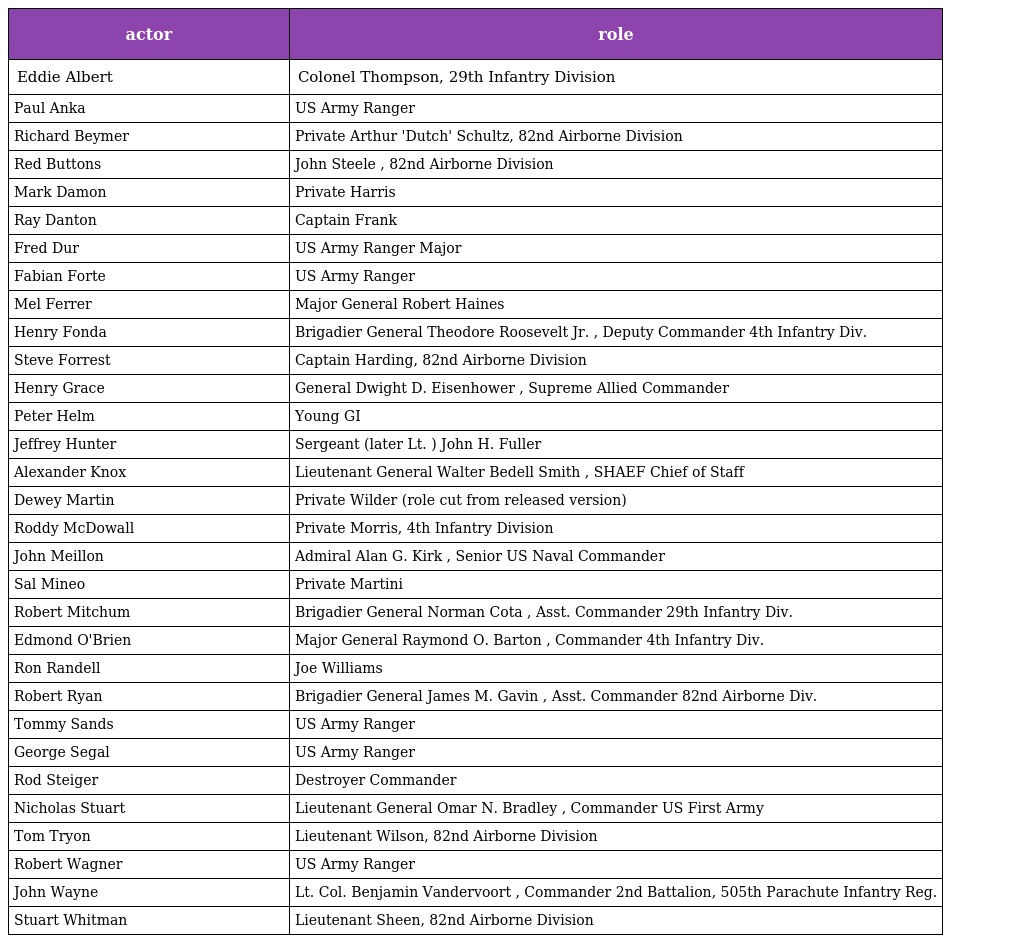
| actor | role |
 | --- | --- |
 | Eddie Albert | Colonel Thompson, 29th Infantry Division |
 | Paul Anka | US Army Ranger |
 | Richard Beymer | Private Arthur 'Dutch' Schultz, 82nd Airborne Division |
 | Red Buttons | John Steele , 82nd Airborne Division |
 | Mark Damon | Private Harris |
 | Ray Danton | Captain Frank |
 | Fred Dur | US Army Ranger Major |
 | Fabian Forte | US Army Ranger |
 | Mel Ferrer | Major General Robert Haines |
 | Henry Fonda | Brigadier General Theodore Roosevelt Jr. , Deputy Commander 4th Infantry Div. |
 | Steve Forrest | Captain Harding, 82nd Airborne Division |
 | Henry Grace | General Dwight D. Eisenhower , Supreme Allied Commander |
 | Peter Helm | Young GI |
 | Jeffrey Hunter | Sergeant (later Lt. ) John H. Fuller |
 | Alexander Knox | Lieutenant General Walter Bedell Smith , SHAEF Chief of Staff |
 | Dewey Martin | Private Wilder (role cut from released version) |
 | Roddy McDowall | Private Morris, 4th Infantry Division |
 | John Meillon | Admiral Alan G. Kirk , Senior US Naval Commander |
 | Sal Mineo | Private Martini |
 | Robert Mitchum | Brigadier General Norman Cota , Asst. Commander 29th Infantry Div. |
 | Edmond O'Brien | Major General Raymond O. Barton , Commander 4th Infantry Div. |
 | Ron Randell | Joe Williams |
 | Robert Ryan | Brigadier General James M. Gavin , Asst. Commander 82nd Airborne Div. |
 | Tommy Sands | US Army Ranger |
 | George Segal | US Army Ranger |
 | Rod Steiger | Destroyer Commander |
 | Nicholas Stuart | Lieutenant General Omar N. Bradley , Commander US First Army |
 | Tom Tryon | Lieutenant Wilson, 82nd Airborne Division |
 | Robert Wagner | US Army Ranger |
 | John Wayne | Lt. Col. Benjamin Vandervoort , Commander 2nd Battalion, 505th Parachute Infantry Reg. |
 | Stuart Whitman | Lieutenant Sheen, 82nd Airborne Division |